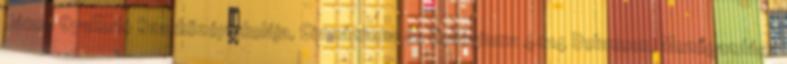
János Gyakorló Szakközépiskolája, Gimnáziuma és Kollégiuma 4014 Debrecen, Mezőgazdász